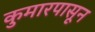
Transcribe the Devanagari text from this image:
कुमारपासून